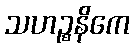
သဟဉ္စနိကေ